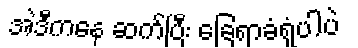
အဲဒီကနေ ဆက်ပြီး ခြေရာခံရုံပါပဲ